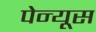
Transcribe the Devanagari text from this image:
पेन्यूस